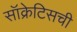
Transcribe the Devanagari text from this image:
सॉक्रेटिसची